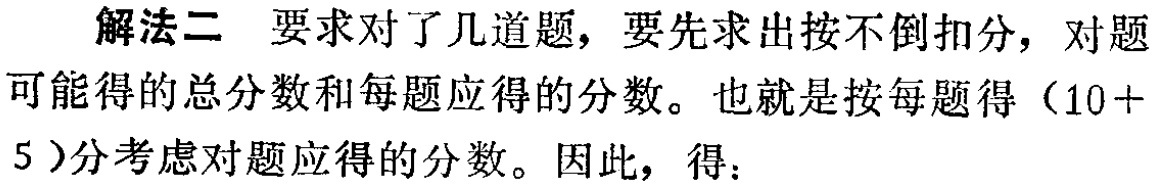
解法二 要求对了几道题，要先求出按不倒扣分，对题可能得的总分数和每题应得的分数。也就是按每题得（10 + 5 ）分考虑对题应得的分数。因此，得：